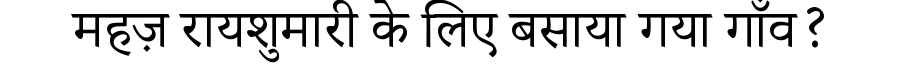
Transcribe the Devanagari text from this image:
महज़ रायशुमारी के लिए बसाया गया गाँव?